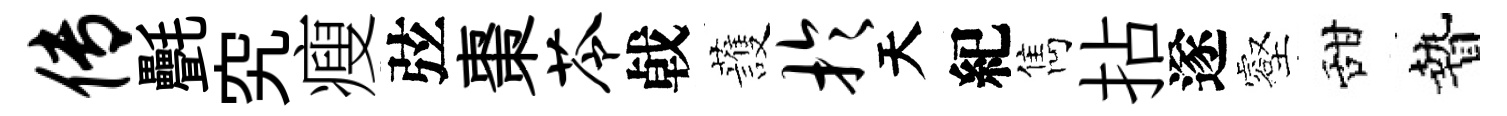
传㲲究瘦弦棗苓㦸䕶于天紀雋拈遂壑甜贄